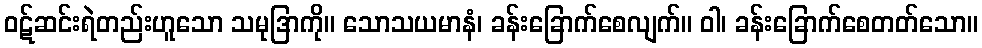
ဝဋ်ဆင်းရဲတည်းဟူသော သမုဒြာကို။ သောသယမာနံ၊ ခန်းခြောက်စေလျက်။ ဝါ၊ ခန်းခြောက်စေတတ်သော။